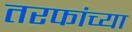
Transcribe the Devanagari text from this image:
तरफांच्या